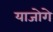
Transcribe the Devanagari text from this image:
याजोगे